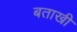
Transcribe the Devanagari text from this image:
बताखी